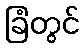
ခြံတွင်